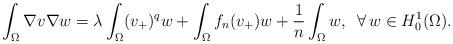
LaTeX: \begin{align*}\int_{\Omega}\nabla v\nabla w = \lambda\int_{\Omega}(v_{+})^{q}w + \int_{\Omega}f_n(v_{+})w + \frac{1}{n}\int_{\Omega}w, \,\,\, \forall \, w \in H^1_0(\Omega).\end{align*}